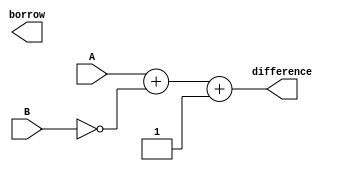
module subtractor(input [7:0] A,     // Input number A (8-bit)
                  input [7:0] B,     // Input number B (8-bit)
                  output reg [7:0] difference, // Output difference (8-bit)
                  output reg borrow); // Output borrow

reg [7:0] temp;
reg borrow_out;

always @ (A or B)
begin
    temp = A + ~B + 1; // Adding 2's complement of B to A
    difference = temp[7:0];
    borrow_out = ~temp[8]; // Borrow is generated when MSB of temp is 1
end

assign borrow = borrow_out;

endmodule